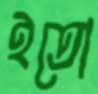
ইতো